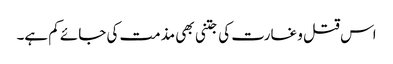
اس قتل و غارت کی جتنی بھی مذمت کی جائے کم ہے۔